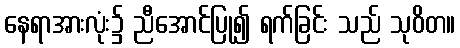
နေရာအားလုံး၌ ညီအောင်ပြု၍ ရက်ခြင်း သည် သုဝိတ။